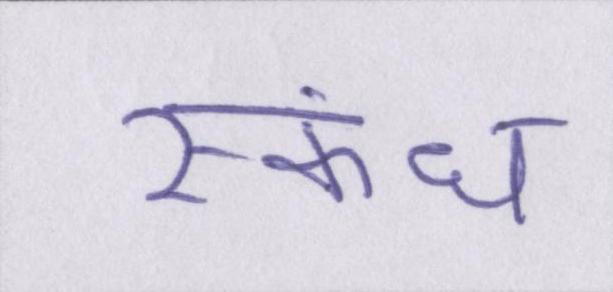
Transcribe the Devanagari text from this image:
स्कंध